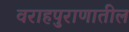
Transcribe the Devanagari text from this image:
वराहपुराणातील